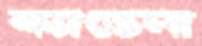
ক্যাডেনা